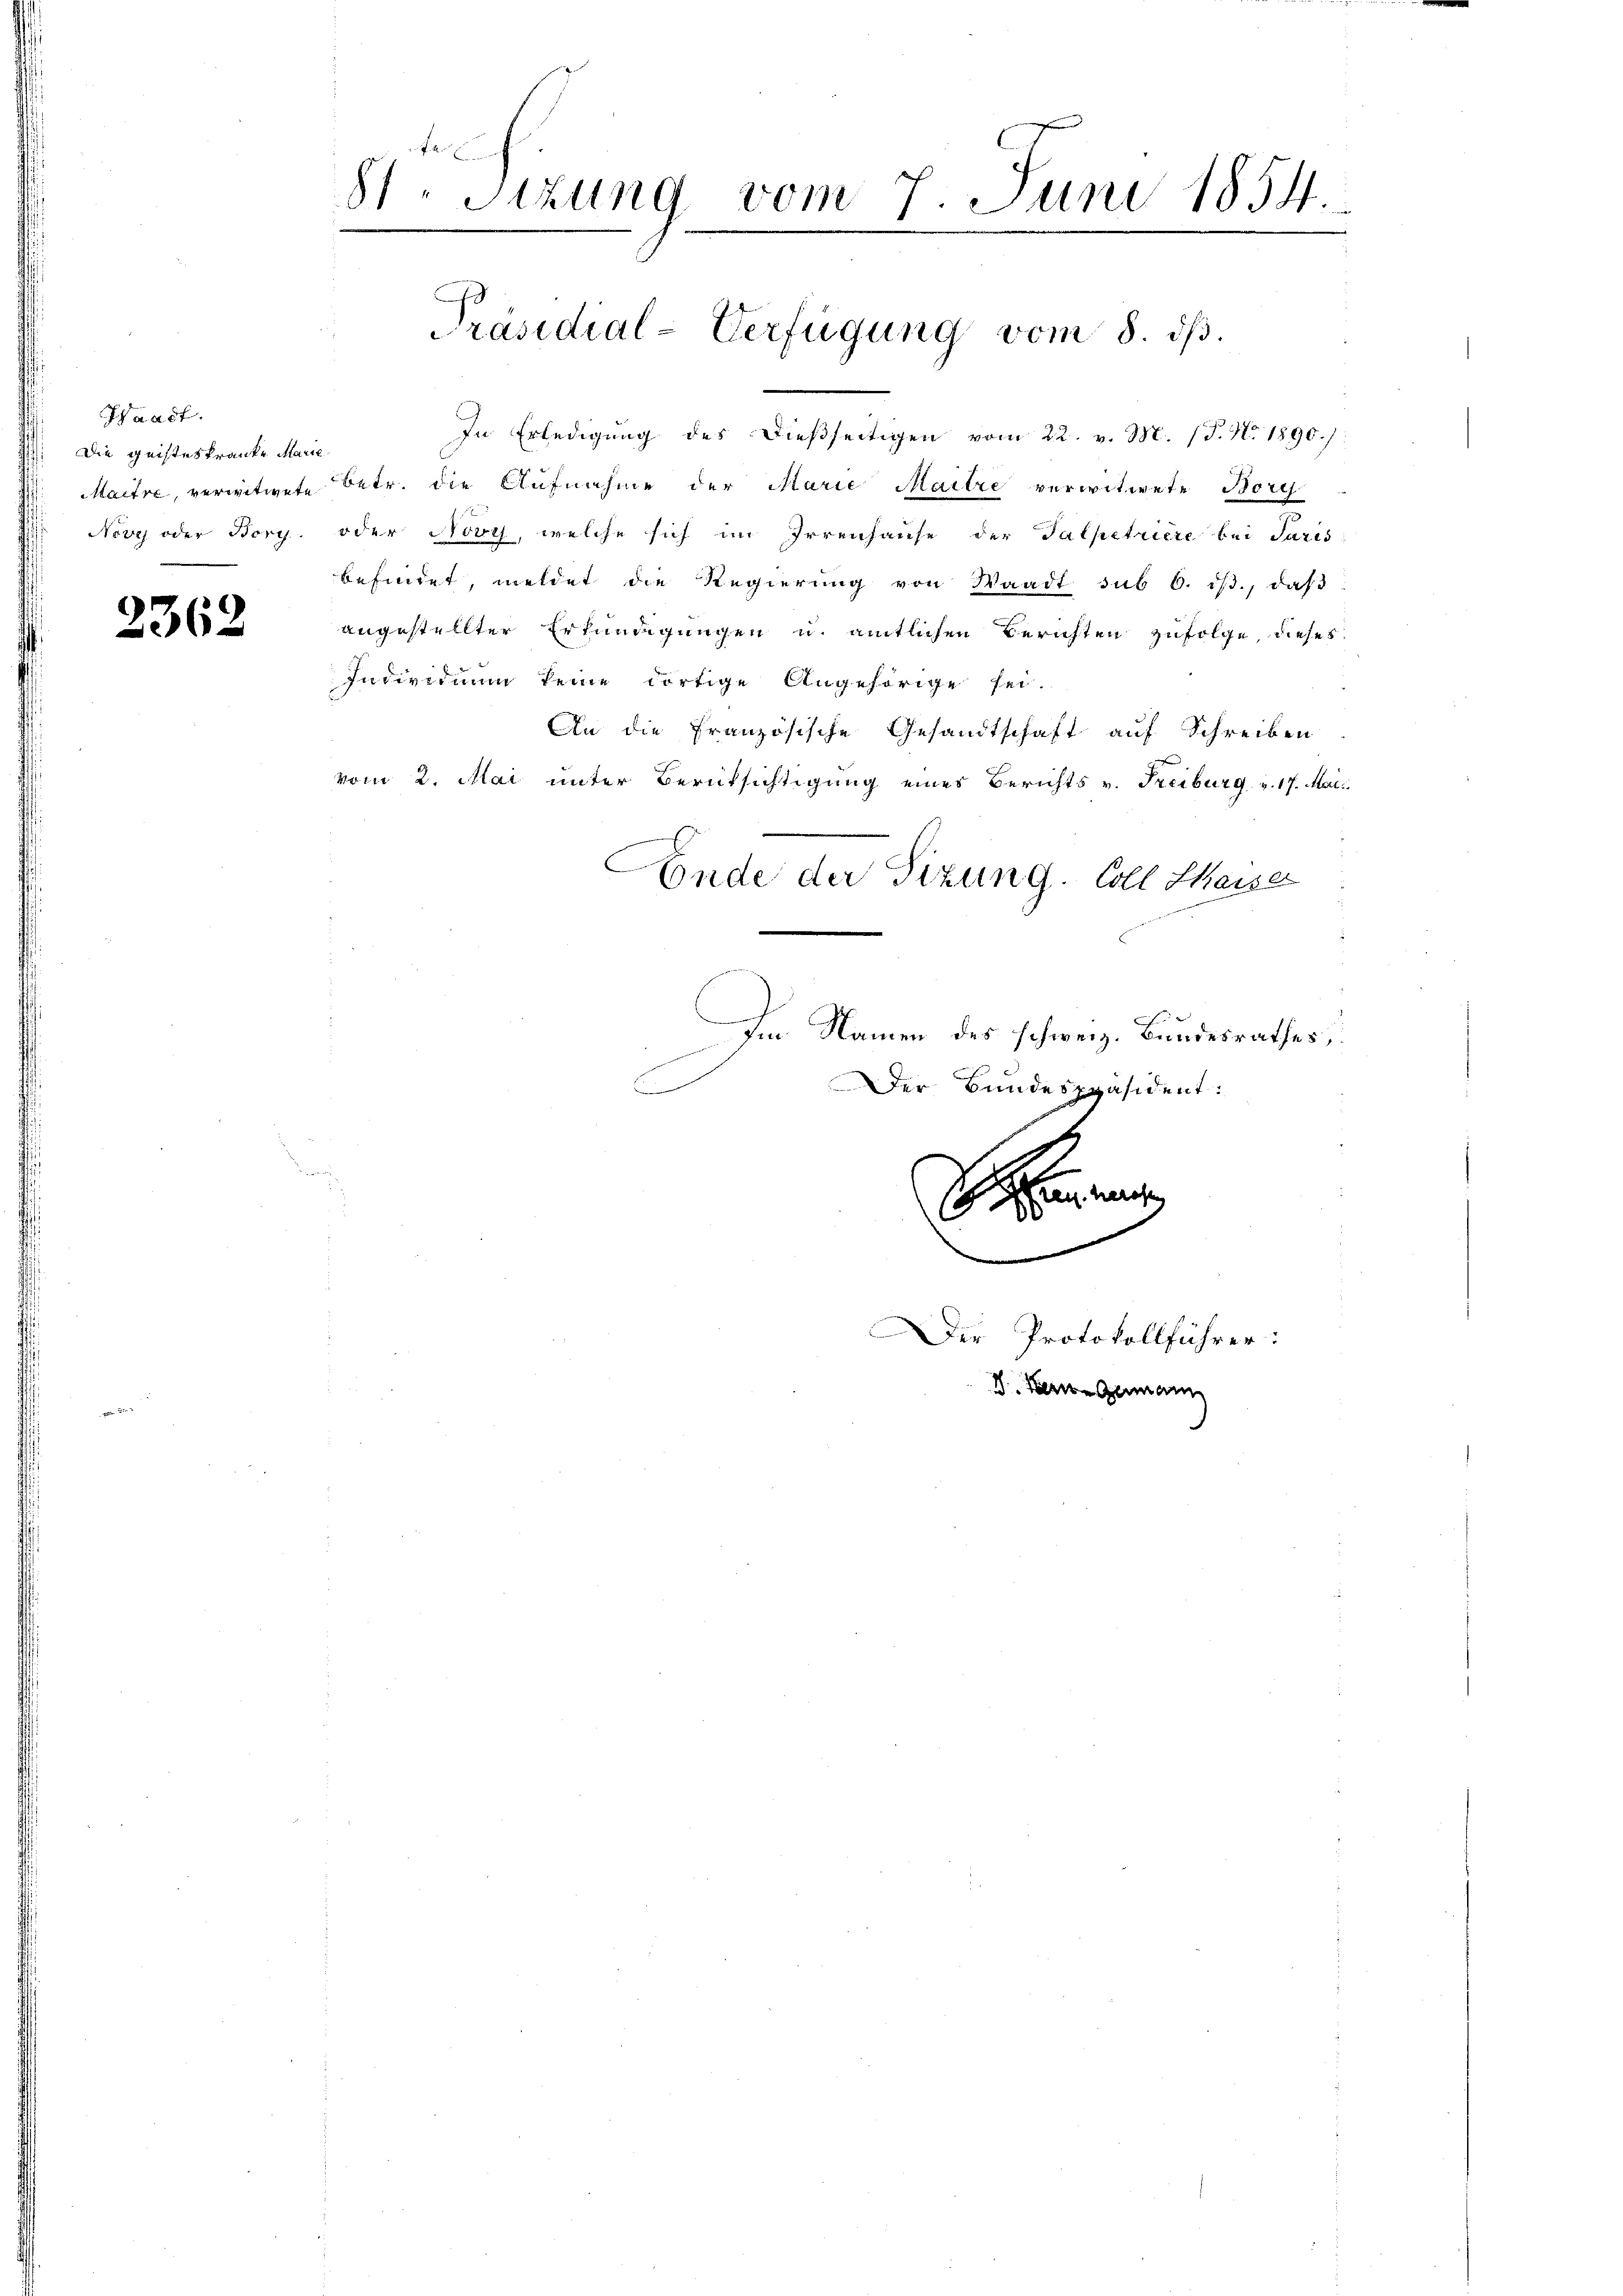
Waadt.
Die geisteskranke Marie
Noves oder Borg.

2362

81 Sizung vom 7. Juni 1854.
Präsidial-Verfügung vom 8. ds.

In Erledigung des dießseitigen vom 22. v. M. (T. N. 1890.)
Maitre, verwitwete betr. die Aufnahme der Marie Maitre verwitwete Borg
oder Novy, welche sich im Irrenhause der Talpetriere bei Paris
befindet, meldet die Regierung von Waadt sub 6. ds., daβ
angestellter Erkundigungen u. amtlichen Berichten zufolge, dieses
Individuum keine dortige Angehörige sei.
An die Französische Gesandtschaft auf Schreiben
vom 2. Mai unter Berüksichtigung eines Berichts v. Freiburg v. 17. Mai
Ende der Sitzung. Coll Chaiser
Im Namen des schweiz. Bundesrathes,

b
Der Bundespräsident:
a
n
Der Protokollführer:
D. Bern Gemann